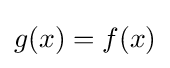
g(x)=f(x)